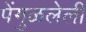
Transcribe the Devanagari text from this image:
पेंगुळलेली